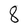
Character: 8